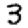
Digit: 3